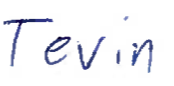
Text: Tevin
Cross-out: clean
Writing tool: ballpoint